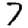
Digit: 7